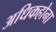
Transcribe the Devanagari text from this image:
अधिकहोना